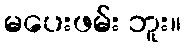
မပေးဖမ်း ဘူး။